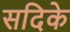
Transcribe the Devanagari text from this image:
सदिके